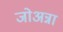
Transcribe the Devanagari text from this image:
जोअन्ना